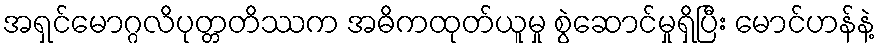
အရှင်မောဂ္ဂလိပုတ္တတိဿက အဓိကထုတ်ယူမှု စွဲဆောင်မှုရှိပြီး မောင်ဟန်နဲ့